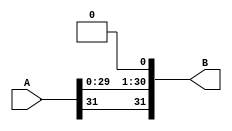
`timescale 1ns / 1ps
//////////////////////////////////////////////////////////////////////////////////
// Company: 
// Engineer: 
// 
// Design Name: 
// Module Name: arithmetic_left
// Project Name: 
// Target Devices: 
// Tool Versions: 
// Description: 
// 
// Dependencies: 
// 
// Revision:
// Revision 0.01 - File Created
// Additional Comments:
// 
//////////////////////////////////////////////////////////////////////////////////


module arithmetic_left(
    input [31:0] A,
    output [31:0] B
    );
    genvar i;
    assign B[0]=0;
    generate for(i=1;i<31;i=i+1) begin
        assign B[i]=A[i-1];
    end
    endgenerate
    assign B[31]=A[31];
endmodule